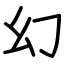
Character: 幻